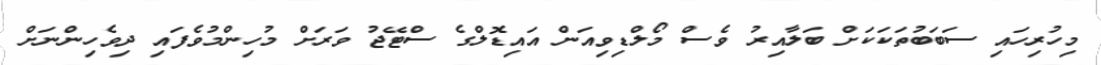
މިހުރިހައި ސަބަބުތަކަކަށް ބަލާއިރު ވެސް މޯލްޑިވިއަން އައިޑޮލްގެ ސްޓޭޖު ވަރަށް މުހިންމުވެފައި ދިވެހިންނަށް